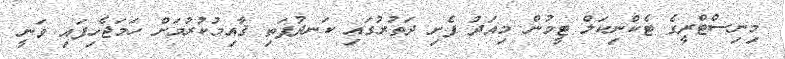
މިނިސްޓްރީގެ ޓެކްނިކަލް ޓީމުން މިއަދު ފެށި ދަތުރުގައި ކަނދުފަތި ޤާއިމުކުރުމަށް ހަމަޖެހިފައި ވަނީ